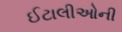
ઈટાલીઓની